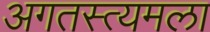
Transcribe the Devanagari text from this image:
अगतस्त्यमला